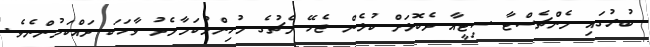
ބުރުގައި މެންޗެސްޓާ ސިޓީއާ ދެކޮޅަށް ކުޅެން ޖެހޭ މެޗުގެ މުހިންމުކަމާމެދު ވާހަކަ ދައްކަމުންނެވެ.